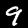
Digit: 9